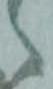
々